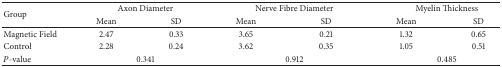
<table><thead><tr><td rowspan="2"><b>Group</b></td><td colspan="2"><b>Axon Diameter</b></td><td colspan="2"><b>Nerve Fibre Diameter</b></td><td colspan="2"><b>Myelin Thickness</b></td></tr><tr><td><b>Mean</b></td><td><b>SD</b></td><td><b>Mean</b></td><td><b>SD</b></td><td><b>Mean</b></td><td><b>SD</b></td></tr></thead><tbody><tr><td>Magnetic Field</td><td>2.47</td><td>0.33</td><td>3.65</td><td>0.21</td><td>1.32</td><td>0.65</td></tr><tr><td>Control</td><td>2.28</td><td>0.24</td><td>3.62</td><td>0.35</td><td>1.05</td><td>0.51</td></tr><tr><td><i>P</i>-value</td><td colspan="2">0.341</td><td colspan="2">0.912</td><td colspan="2">0.485</td></tr></tbody></table>